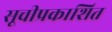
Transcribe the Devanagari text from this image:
सूचीप्रकाशित